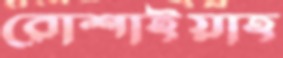
রোশাইয়াহ